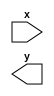
//test type : module_declaration
//vparser rule name : 
(* a *)
(* a = 1 *)
(* a, b *)
(* a = 1, b *)
(* a, b = 1 *)
(* a = 1, b = 1 *)
(* a, b, c *)
module declaration_080(input x, output y);
endmodule